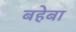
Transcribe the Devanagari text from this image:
बहेबा